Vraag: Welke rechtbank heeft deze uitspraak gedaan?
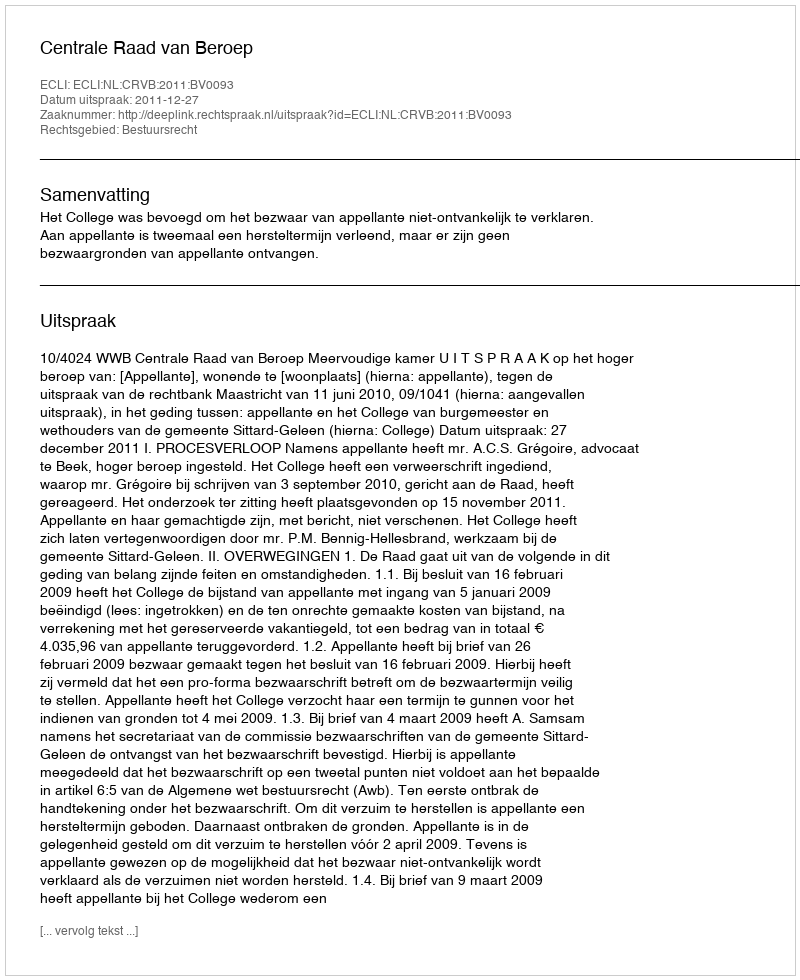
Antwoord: Centrale Raad van Beroep